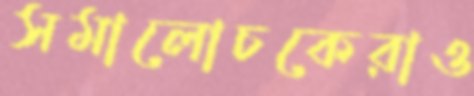
সমালোচকেরাও